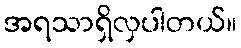
အရသာရှိလှပါတယ်။